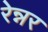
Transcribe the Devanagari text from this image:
रेन्नर